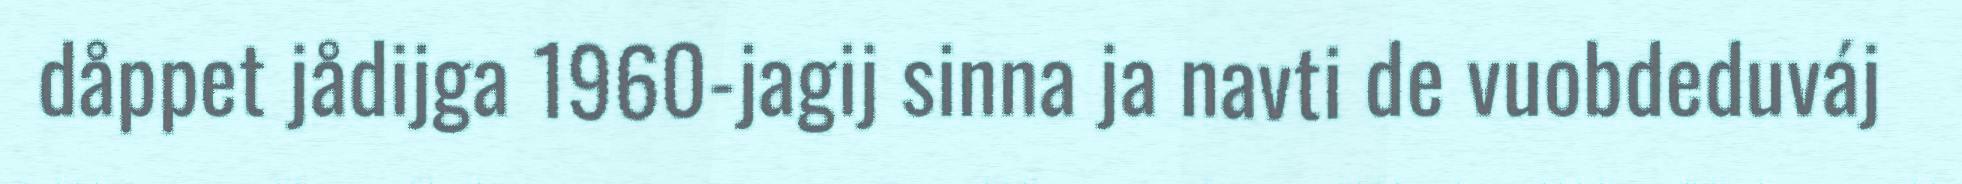
dåppet jådijga 1960-jagij sinna ja navti de vuobdeduváj